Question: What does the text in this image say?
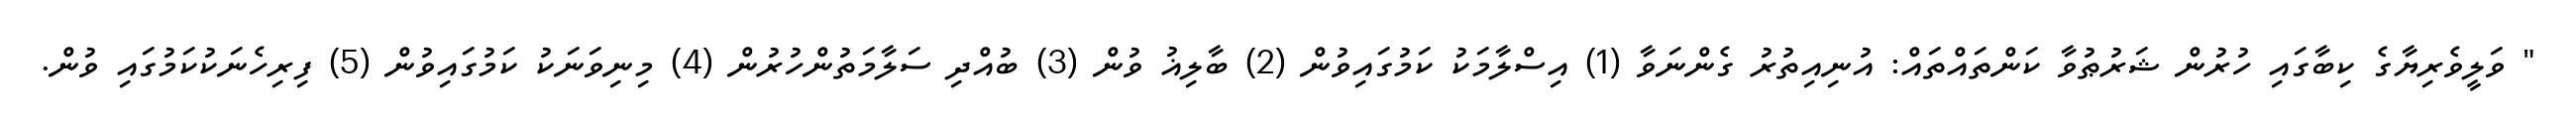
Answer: " ވަލީވެރިޔާގެ ކިބާގައި ހުރުން ޝަރުޠުވާ ކަންތައްތައް: އުނިއިތުރު ގެންނަވާ (1) އިސްލާމަކު ކަމުގައިވުން (2) ބާލިޣު ވުން (3) ބުއްދި ސަލާމަތުންހުރުން (4) މިނިވަނަކު ކަމުގައިވުން (5) ފިރިހެނަކުކަމުގައި ވުން.